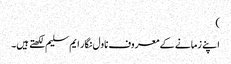
)
اپنے زمانے کے معروف ناول نگار ایم سلیم لکھتے ہیں۔